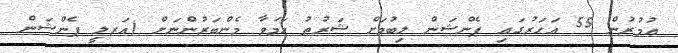
ޢުމުރުން 55 އަހަރުގައި ޕެންޝަން ލިބުމަށް ޝަރުޠު ހަމަވާ މެންބަރުންނަށް (އަރލީ ޕެންޝަން